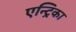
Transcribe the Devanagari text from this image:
एन्ट्रिका